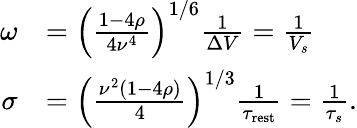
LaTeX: \begin{array}{rl}{\omega}&{=\left(\frac{1-4\rho}{4\nu^{4}}\right)^{1/6}\frac{1}{\Delta V}=\frac{1}{V_{s}}}\\ {\sigma}&{=\left(\frac{\nu^{2}\left(1-4\rho\right)}{4}\right)^{1/3}\frac{1}{\tau_{\mathrm{rest}}}=\frac{1}{\tau_{s}}.}\end{array}